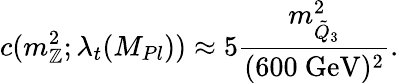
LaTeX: c(m_{\mathbb{Z}}^{2};\lambda_{t}(M_{Pl}))\approx5\frac{{m_{\tilde{{Q}}_{3}}^{2}}}{{(\mathrm{{600~GeV}})^{2}}}.